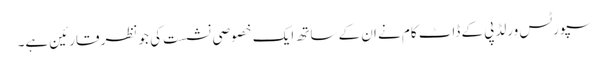
سپورٹس ورلڈپی کے ڈاٹ کام نے ان کے ساتھ ایک خصوصی نشست کی جو نظر قارئین ہے۔